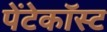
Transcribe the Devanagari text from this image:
पेंटेकॉस्ट